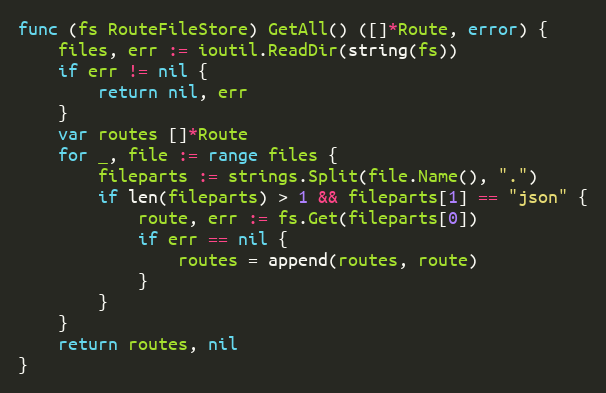
Language: Go
func (fs RouteFileStore) GetAll() ([]*Route, error) {
	files, err := ioutil.ReadDir(string(fs))
	if err != nil {
		return nil, err
	}
	var routes []*Route
	for _, file := range files {
		fileparts := strings.Split(file.Name(), ".")
		if len(fileparts) > 1 && fileparts[1] == "json" {
			route, err := fs.Get(fileparts[0])
			if err == nil {
				routes = append(routes, route)
			}
		}
	}
	return routes, nil
}